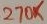
Text: 270K